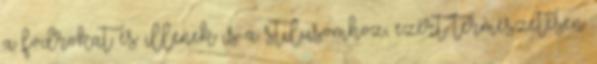
a fodrokat és illenek is a stílusomhoz, ezért természetesen